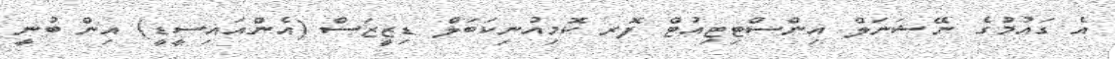
އެ ގައުމުގެ ނޭޝަނަލް އިންސްޓިޓިއުޓް ފޮރ ކޮމިއުނިކަބަލް ޑިޒީޒަސް (އެންއައިސީޑީ) އިން ބުނީ